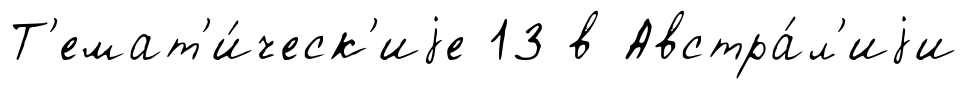
Т'емат'и́ческ'иjе 13 в Австра́л'иjи